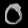
Digit: ၀